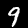
Digit: 9